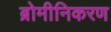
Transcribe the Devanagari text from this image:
ब्रोमीनिकरण